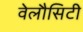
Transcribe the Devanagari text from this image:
वेलौसिटी